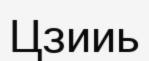
Цзииь